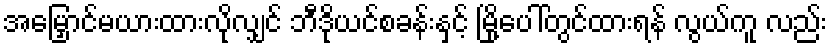
အမြှောင်မယားထားလိုလျှင် ဘီဒိုယင်စခန်းနှင့် မြို့ပေါ်တွင်ထားရန် လွယ်ကူ လည်း